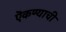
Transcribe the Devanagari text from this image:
ऎकण्याची